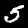
Digit: 5